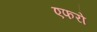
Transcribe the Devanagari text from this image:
एफरो